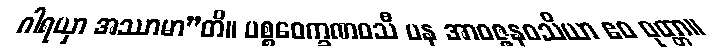
ဂါရယှာ အဿာမာ”တိ။ ပစ္စဝေက္ခဏဝသီ ပန အာဝဇ္ဇနဝသိယာ ဧဝ ဝုတ္တာ။